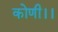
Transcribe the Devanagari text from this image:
कोणी।।